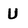
Character: U